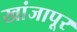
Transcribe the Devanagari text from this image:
खांजापूर